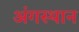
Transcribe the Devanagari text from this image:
अंगस्थान